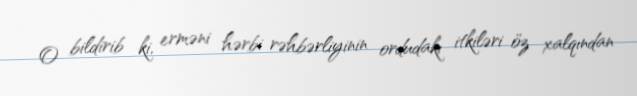
O bildirib ki, erməni hərbi rəhbərliyinin ordudakı itkiləri öz xalqından